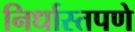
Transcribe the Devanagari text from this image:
निर्धास्तपणे